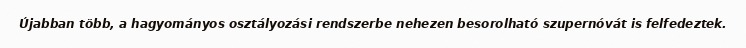
Újabban több, a hagyományos osztályozási rendszerbe nehezen besorolható szupernóvát is felfedeztek.